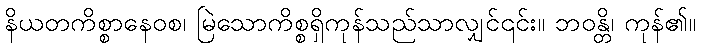
နိယတကိစ္စာနေဝစ၊ မြဲသောကိစ္စရှိကုန်သည်သာလျှင်၎င်း။ ဘဝန္တိ၊ ကုန်၏။